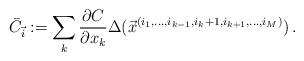
LaTeX: \begin{align*} \bar{C}_{\vec{i}}:= \sum_k \frac{\partial C}{\partial x_k}\Delta(\vec{x}^{(i_1,\ldots,i_{k-1},i_k+1,i_{k+1},\ldots,i_M)})\,.\end{align*}